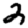
Digit: 2